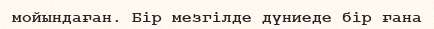
мойындаған. Бір мезгілде дүниеде бір ғана